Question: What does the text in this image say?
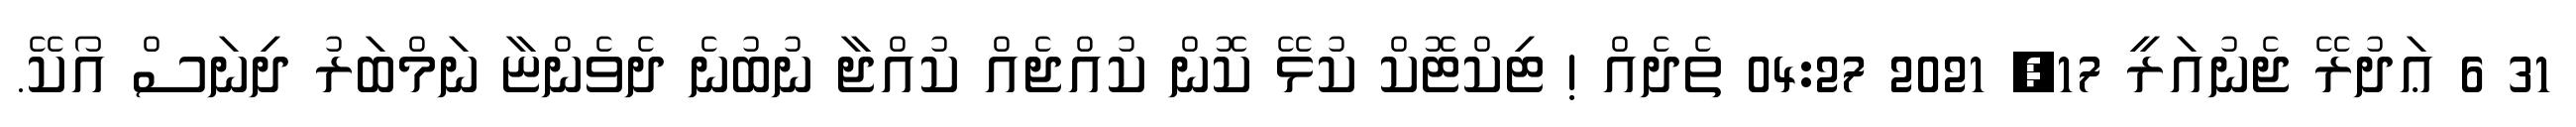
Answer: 31 6 ޢަދުރޭ ޖެނުއަރީ 17, 2021 04:27 ތެދެއް ! ޓިކްޓޮކް ކުޅޭ ކޮން ކުއްޖެއް ކުއްޖާ ނުބުނެ ދެވެންޏާ ނަމްބަރު ދިނަސް އޯކޭ.